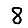
Digit: 8